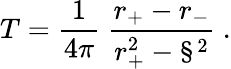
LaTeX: T=\frac{1}{4\pi}\ \frac{r_{+}-r_{-}}{r_{+}^{2}-\S^{2}}\ .